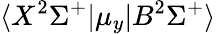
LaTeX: \langle X^{2}\Sigma^{+}|\mu_{y}|B^{2}\Sigma^{+}\rangle